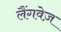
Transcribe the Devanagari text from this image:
लैंगवेज़